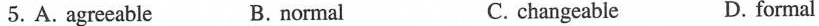
5. A. agreeable B. normal C. changeable D. formal